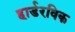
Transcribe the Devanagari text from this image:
हार्डरविक